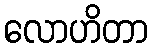
လောဟိတာ